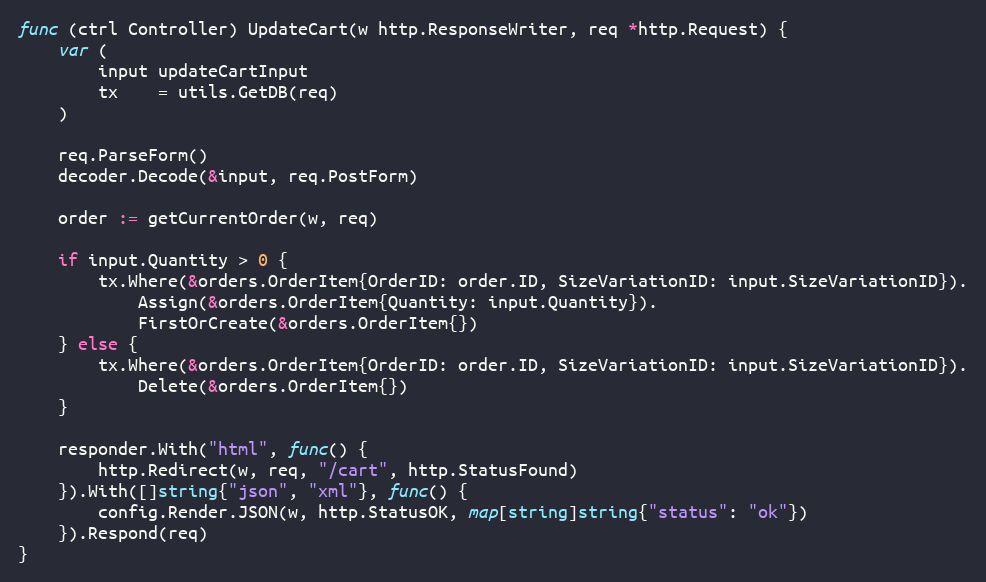
Language: Go
func (ctrl Controller) UpdateCart(w http.ResponseWriter, req *http.Request) {
	var (
		input updateCartInput
		tx    = utils.GetDB(req)
	)

	req.ParseForm()
	decoder.Decode(&input, req.PostForm)

	order := getCurrentOrder(w, req)

	if input.Quantity > 0 {
		tx.Where(&orders.OrderItem{OrderID: order.ID, SizeVariationID: input.SizeVariationID}).
			Assign(&orders.OrderItem{Quantity: input.Quantity}).
			FirstOrCreate(&orders.OrderItem{})
	} else {
		tx.Where(&orders.OrderItem{OrderID: order.ID, SizeVariationID: input.SizeVariationID}).
			Delete(&orders.OrderItem{})
	}

	responder.With("html", func() {
		http.Redirect(w, req, "/cart", http.StatusFound)
	}).With([]string{"json", "xml"}, func() {
		config.Render.JSON(w, http.StatusOK, map[string]string{"status": "ok"})
	}).Respond(req)
}